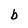
Character: b